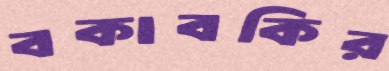
বকাবকির